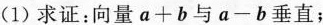
(1) 求证：向量$$a + b$$与$$a - b$$垂直；